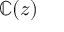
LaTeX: \mathbb { C } ( z )